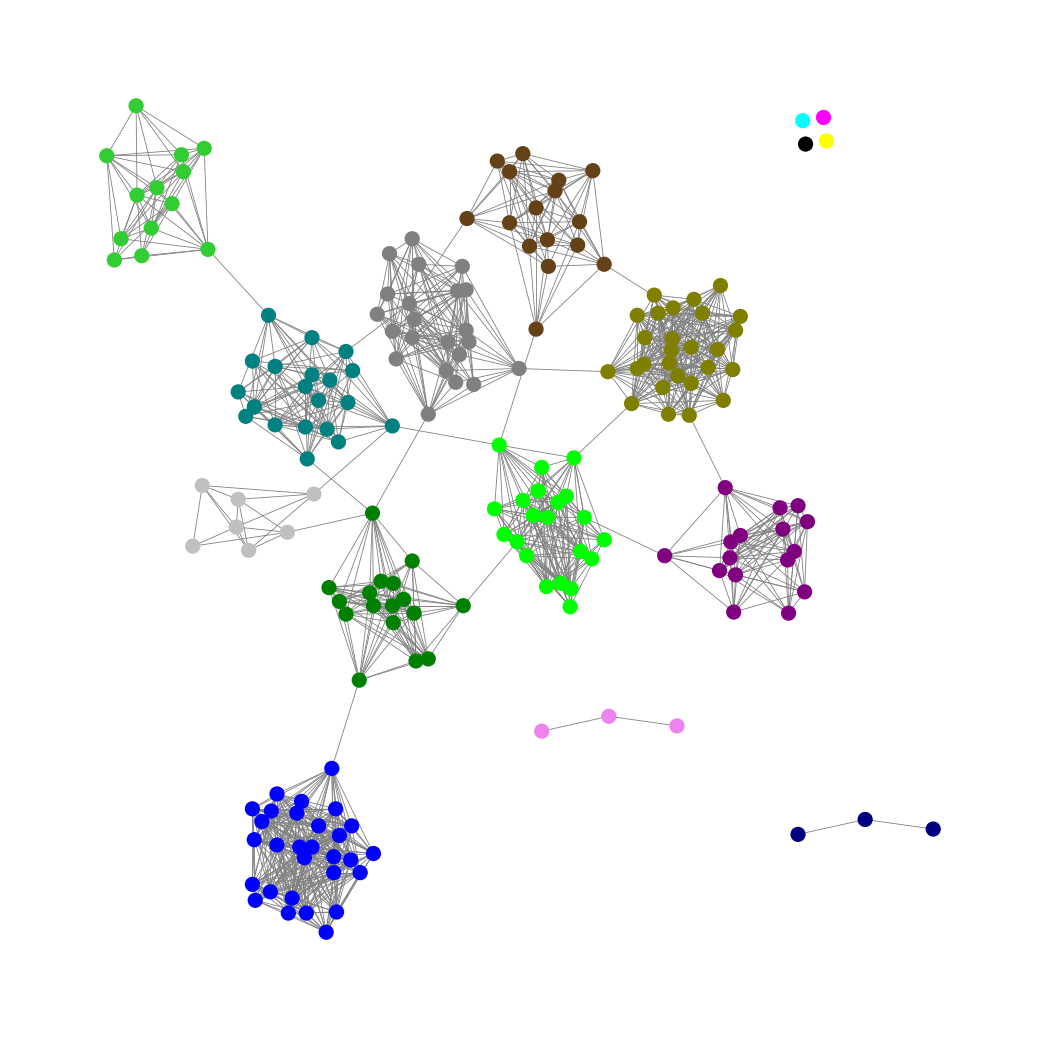
Graph connected: No
Number of connected components: 7
Number of singletons: 4
Total number of nodes: 198
Total number of edges: 1328
Number of communities: 16
Community sizes:
Aqua: 1
Black: 1
Blue: 29
Fuchsia: 1
Gray: 22
Green: 17
Lime: 21
Lime Green: 13
Navy: 3
Olive: 27
Pullman Brown: 16
Purple: 16
Silver: 7
Teal: 20
Violet: 3
Yellow: 1
Graph layout: tda
Graph generation method: erdos_renyi